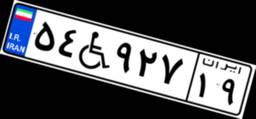
۹۸W۹۶۲۶۸